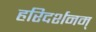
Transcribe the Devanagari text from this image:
हरिदर्शनम्